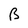
Character: B